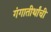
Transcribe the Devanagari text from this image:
गंगातीर्थांची